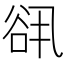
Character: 谻